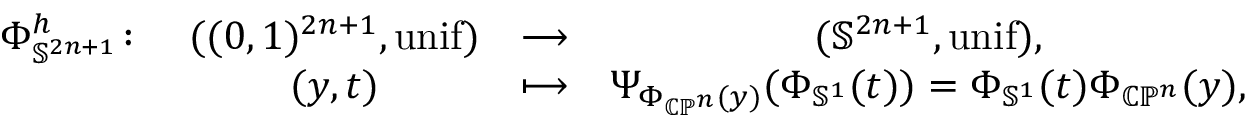
\begin{array} { c c c c } { \Phi _ { \mathbb { S } ^ { 2 n + 1 } } ^ { h } \colon } & { ( ( 0 , 1 ) ^ { 2 n + 1 } , \operatorname { u n i f } ) } & { \longrightarrow } & { ( \mathbb { S } ^ { 2 n + 1 } , \operatorname { u n i f } ) , } \\ & { ( y , t ) } & { \longmapsto } & { \Psi _ { \Phi _ { \mathbb { C P } ^ { n } } ( y ) } ( \Phi _ { \mathbb { S } ^ { 1 } } ( t ) ) = \Phi _ { \mathbb { S } ^ { 1 } } ( t ) \Phi _ { \mathbb { C P } ^ { n } } ( y ) , } \end{array}